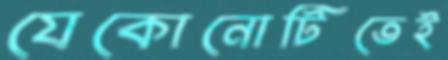
যেকোনোটিতেই